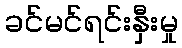
ခင်မင်ရင်းနှီးမှု